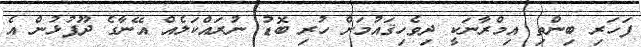
ފަހަރި ބިންތި އިމްރާނަކީ ދިވެހިޤައުމަށް ހުރި ބޮޑު ނުރައްކަލެއް އޭނާގެ ދޫފުޅުން އެ